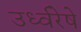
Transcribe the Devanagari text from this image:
उर्ध्वरेषे